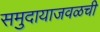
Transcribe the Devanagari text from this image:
समुदायाजवळची